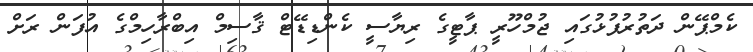
ކެމްޕޭން ދަތުރުފުޅުގައި ޖުމްހޫރީ ޕާޓީގެ ރިޔާސީ ކެންޑިޑޭޓް ޤާސިމް އިބްރާހިމްގެ އުފަން ރަށް